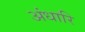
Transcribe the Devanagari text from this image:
अंधारि